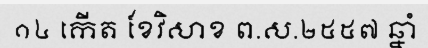
១៤ កើត ខែវិសាខ ព.ស.២៥៥៧ ឆ្នាំ